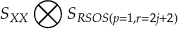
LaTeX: S _ { X X } \bigotimes S _ { R S O S ( p = 1 , r = 2 j + 2 ) }